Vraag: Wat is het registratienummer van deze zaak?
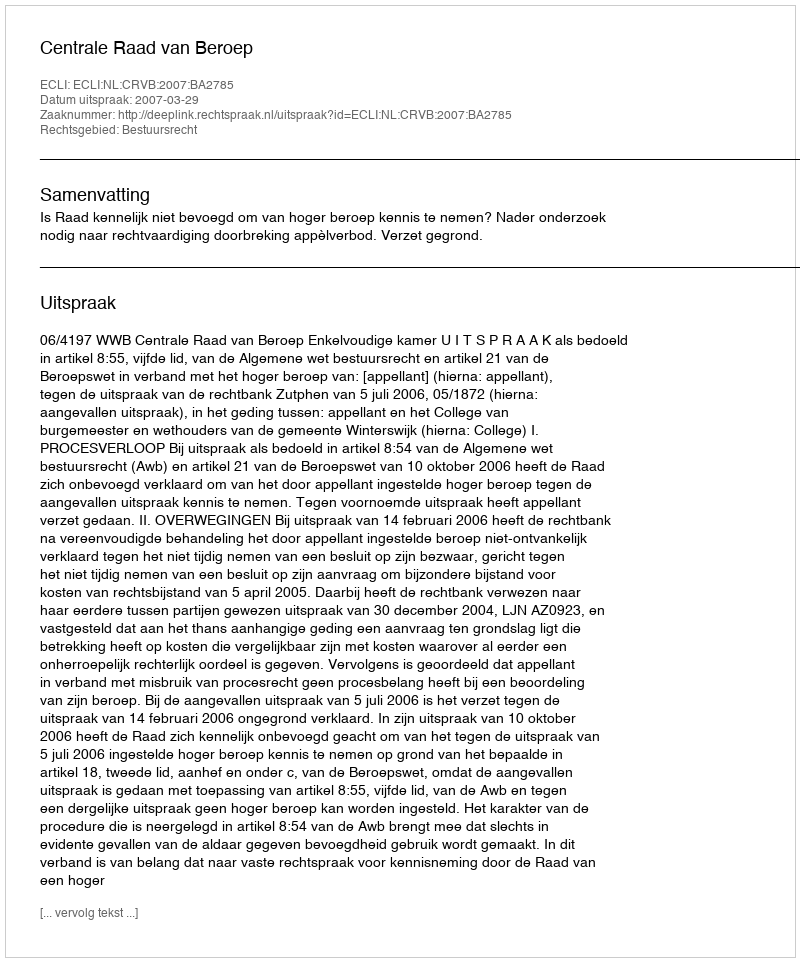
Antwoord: http://deeplink.rechtspraak.nl/uitspraak?id=ECLI:NL:CRVB:2007:BA2785